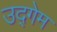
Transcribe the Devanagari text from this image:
उद्गेम